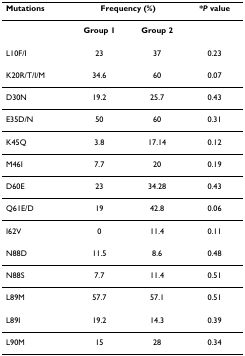
| Mutations | <COLSPAN=2> Frequency (%) | *P value |
 | --- | --- | --- | --- |
 |  | Group 1 | Group 2 |  |
 | L10F/I | 23 | 37 | 0.23 |
 | K20R/T/I/M | 34.6 | 60 | 0.07 |
 | D30N | 19.2 | 25.7 | 0.43 |
 | E35D/N | 50 | 60 | 0.31 |
 | K45Q | 3.8 | 17.14 | 0.12 |
 | M46I | 7.7 | 20 | 0.19 |
 | D60E | 23 | 34.28 | 0.43 |
 | Q61E/D | 19 | 42.8 | 0.06 |
 | I62V | 0 | 11.4 | 0.11 |
 | N88D | 11.5 | 8.6 | 0.48 |
 | N88S | 7.7 | 11.4 | 0.51 |
 | L89M | 57.7 | 57.1 | 0.51 |
 | L89I | 19.2 | 14.3 | 0.39 |
 | L90M | 15 | 28 | 0.34 |